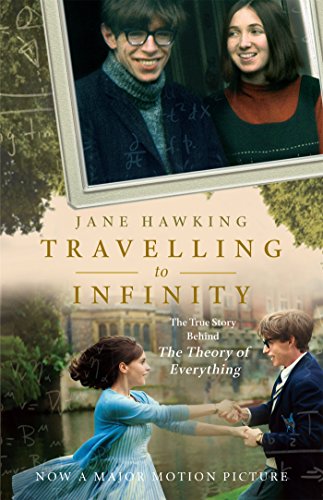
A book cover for Travelling to Infinity: The True Story Behind The Theory of Everything; Jane Hawking; Biographies & Memoirs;